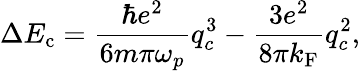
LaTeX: \Delta E_{\mathrm{c}}=\frac{\hbar e^{2}}{6m\pi\omega_{p}}q_{c}^{3}-\frac{3e^{2}}{8\pi k_{\mathrm{F}}}q_{c}^{2},